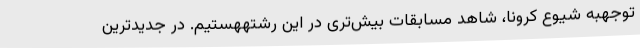
توجهبه شیوع کرونا، شاهد مسابقات بیش‌تری در این رشتههستیم. در جدیدترین